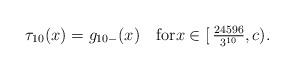
LaTeX: \begin{align*}\tau_{10}(x) = g_{10-}(x)\quad\hbox{for}x\in[\,\tfrac{24596}{3^{10}},c).\end{align*}